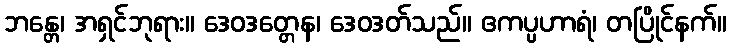
ဘန္တေ၊ အရှင်ဘုရား။ ဒေဝဒတ္တေန၊ ဒေဝဒတ်သည်။ ဧကပ္ပဟာရံ၊ တပြိုင်နက်။